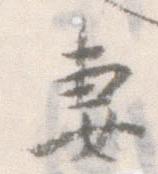
妻